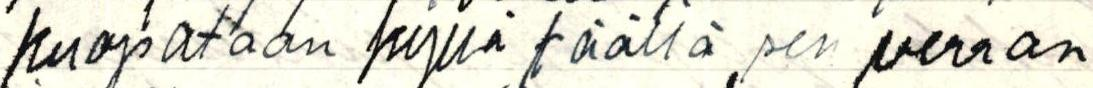
kuopataan kyllä täällä sen verran